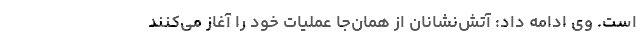
است. وی ادامه داد: آتش‌نشانان از همان‌جا عملیات خود را آغاز می‌کنند